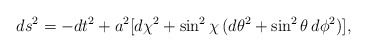
\begin{align*}ds^2= -dt^2+a^2[d\chi^2+\sin^2 \chi \,(d\theta^2+\sin^2\theta \,d\phi^2)],\end{align*}